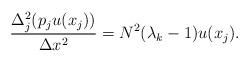
LaTeX: \begin{align*}\frac{\Delta^2_j(p_ju(x_j))}{\Delta x^2}=N^2(\lambda_k-1) u(x_j).\end{align*}